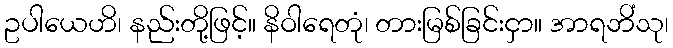
ဥပါယေဟိ၊ နည်းတို့ဖြင့်။ နိဝါရေတုံ၊ တားမြစ်ခြင်းငှာ။ အာရဘိံသု၊